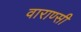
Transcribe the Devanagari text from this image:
वाराण्सी